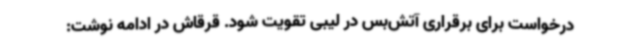
درخواست برای برقراری آتش‌بس در لیبی تقویت شود. قرقاش در ادامه نوشت: